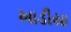
ખાડીયા